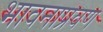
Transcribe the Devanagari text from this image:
भावनाप्रवण